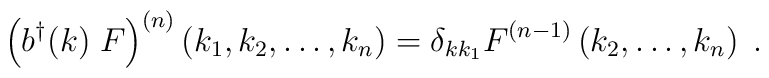
\left( b^{\dagger}(k)\;F\right)^{(n)}\left(k_1,k_2, \ldots ,k_n \right)=\delta_{k k_1} F^{(n-1)}\left(k_2, \ldots ,k_n\right)\;.